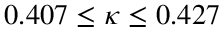
0 . 4 0 7 \leq \kappa \leq 0 . 4 2 7